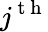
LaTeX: \textit{j}^{\mathrm{~t~h~}}